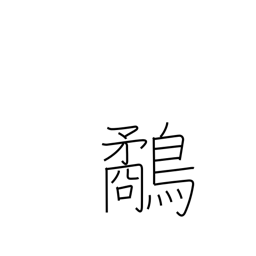
Meaning: snipe